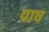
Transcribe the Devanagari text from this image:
पाष